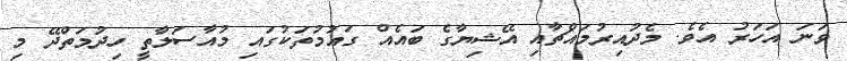
ވަނަ އަހަރު އެވެ. މެދުއިރުމައްޗާއި އޭޝިޔާގެ ބައެއް ގައުމުތަކުގައި މުއާސަލާތީ ހިދުމަތްދޭ މި